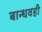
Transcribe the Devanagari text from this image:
बान्धवही